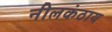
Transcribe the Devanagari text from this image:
नीलकंठाय